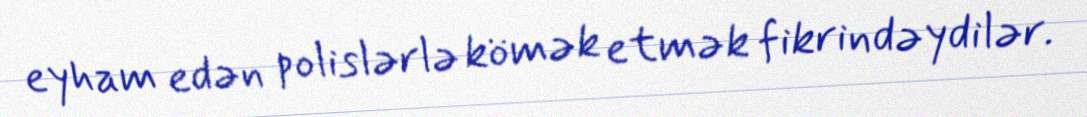
eyham edən polislərlə kömək etmək fikrindəydilər.